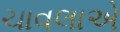
ચાવલાએ